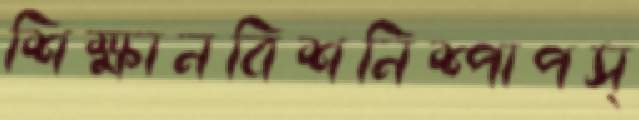
শিক্ষানবিশনিশ্পাপস্